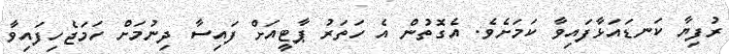
ރުފިޔާ ކަނޑައަޅާފައިވާ ކަމަށެވެ. އެގޮތުން އެ ހަތަރު ޕާޓީއަށް ފައިސާ ދިނުމަށް ހަމަޖެހިފައިވާ